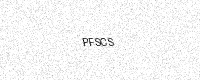
Text: PFSCS